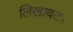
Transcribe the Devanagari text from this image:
लिखावट।